Civil Veterinary Department Bengal reports 1933-51 - 1933-1951
Year: 1933
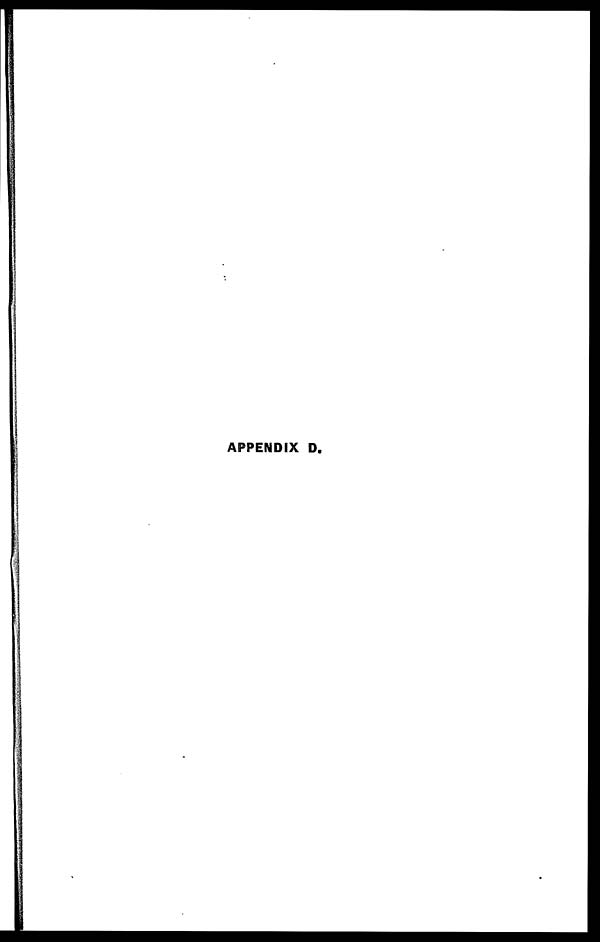
APPENDIX D.